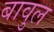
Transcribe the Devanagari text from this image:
बावुल